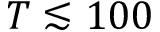
T \lesssim 1 0 0